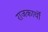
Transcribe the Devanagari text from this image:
राजकार्यों